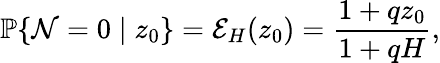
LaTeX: \mathbb{P}\{ \mathcal{N}=0\mid z_{0}\} =\mathcal{E}_{H}(z_{0})=\frac{1+qz_{0}}{1+qH},